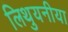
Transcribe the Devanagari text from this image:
लिथुयनीया